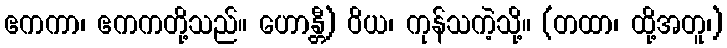
ဧကကာ၊ ဧကကတို့သည်။ ဟောန္တီ) ဝိယ၊ ကုန်သကဲ့သို့။ (တထာ၊ ထို့အတူ၊)